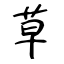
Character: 草